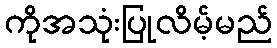
ကိုအသုံးပြုလိမ့်မည်